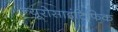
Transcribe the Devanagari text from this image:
न्यूरोसाइंटिफिक